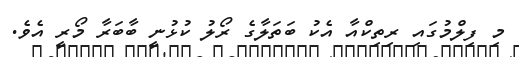
މި ފިލްމުގައި ރިތިކްއާ އެކު ބަތަލާގެ ރޯލު ކުޅުނީ ބާބަރާ މޯރީ އެވެ.